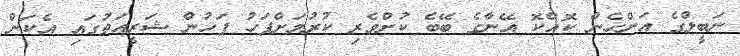
ނަބީލްގެ އަންހެން ކޮއްކޮ އޭނާގެ ބޭބެ ކުށްވެރި ކުރުމަށްފަހު ފަހުން ޝަރީއަތުގައި އެކަން